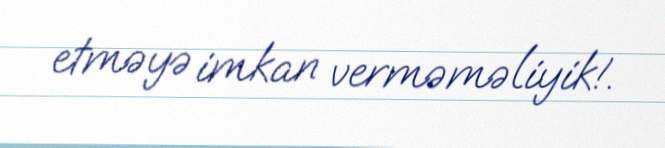
etməyə imkan verməməliyik!.